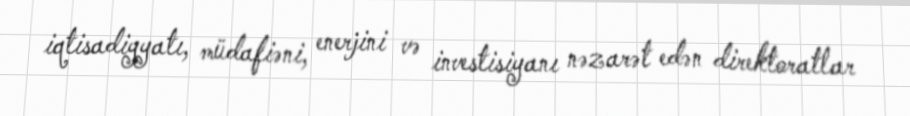
iqtisadiyyatı, müdafiəni, enerjini və investisiyanı nəzarət edən direktoratlar